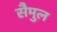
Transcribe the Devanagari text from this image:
सैमुल